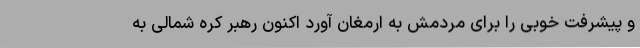
و پیشرفت خوبی را برای مردمش به ارمغان آورد اکنون رهبر کره شمالی به